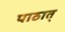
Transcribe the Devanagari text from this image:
पाठात्‌